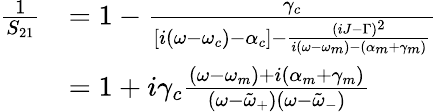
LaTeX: \begin{array}{rl}{\frac{1}{S_{21}}}&{=1-\frac{\gamma_{c}}{[i(\omega-\omega_{c})-\alpha_{c}]-\frac{(iJ-\Gamma)^{2}}{i(\omega-\omega_{m})-(\alpha_{m}+\gamma_{m})}}}\\ &{=1+i\gamma_{c}\frac{(\omega-\omega_{m})+i(\alpha_{m}+\gamma_{m})}{(\omega-\tilde{\omega}_{+})(\omega-\tilde{\omega}_{-})}}\end{array}